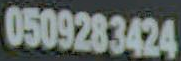
0509283424